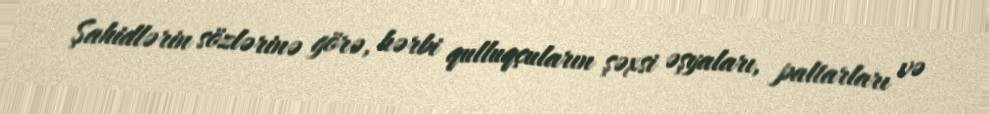
Şahidlərin sözlərinə görə, hərbi qulluqçuların şəxsi əşyaları, paltarları və